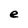
Character: e